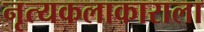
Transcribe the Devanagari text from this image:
नृत्यकलाकाराला